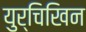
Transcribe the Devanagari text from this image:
युर्चिखिन